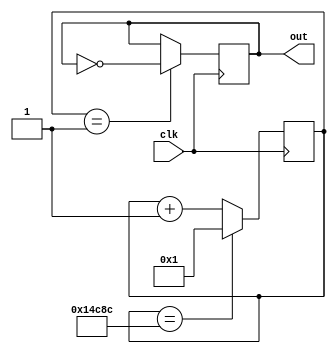
module Low_D (clk, out);
	input clk;
	output out;
	
reg[16:0] clkDivider = 85132;
reg[16:0] counter;

always @(posedge clk)
	if(counter == clkDivider)
		counter <= 1;
	else counter <= counter + 1;
	
reg out;
always @(posedge clk)
	if(counter == 1)
		out <= ~out;

endmodule